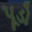
પૂડો